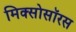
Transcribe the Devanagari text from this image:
मिक्सोसॉरस